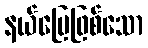
နယ်မြေဖြစ်သော